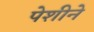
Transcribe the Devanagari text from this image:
पेशीने